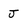
Character: J